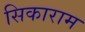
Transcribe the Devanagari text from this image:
सिकाराम